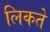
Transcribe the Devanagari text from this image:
लिकते